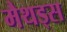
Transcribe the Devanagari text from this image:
मैथड्स